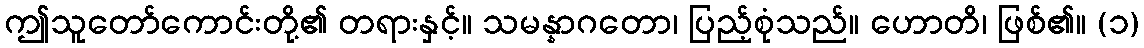
ဤသူတော်ကောင်းတို့၏ တရားနှင့်။ သမန္နာဂတော၊ ပြည့်စုံသည်။ ဟောတိ၊ ဖြစ်၏။ (၁)